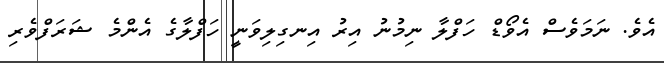
އެވެ. ނަމަވެސް އެވޯޑް ހަފްލާ ނިމުނު އިރު އިނގިލިވަނީ ހަފްލާގެ އެންމެ ޝަރަފްވެރި